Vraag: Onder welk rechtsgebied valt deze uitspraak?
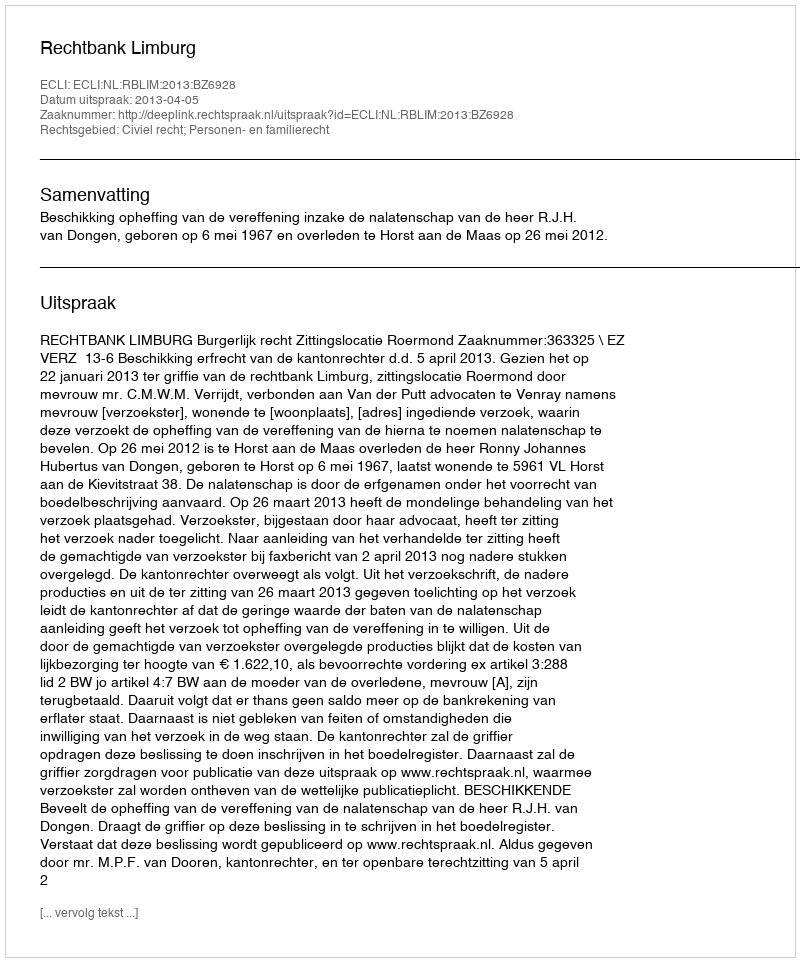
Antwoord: Civiel recht; Personen- en familierecht